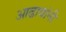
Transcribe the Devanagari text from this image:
आढावांनी